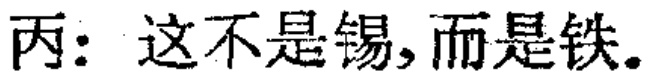
丙：这不是锡,而是铁。